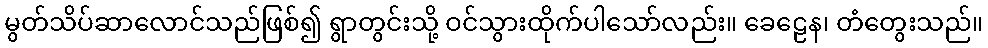
မွတ်သိပ်ဆာလောင်သည်ဖြစ်၍ ရွာတွင်းသို့ ဝင်သွားထိုက်ပါသော်လည်း။ ခေဠေန၊ တံတွေးသည်။